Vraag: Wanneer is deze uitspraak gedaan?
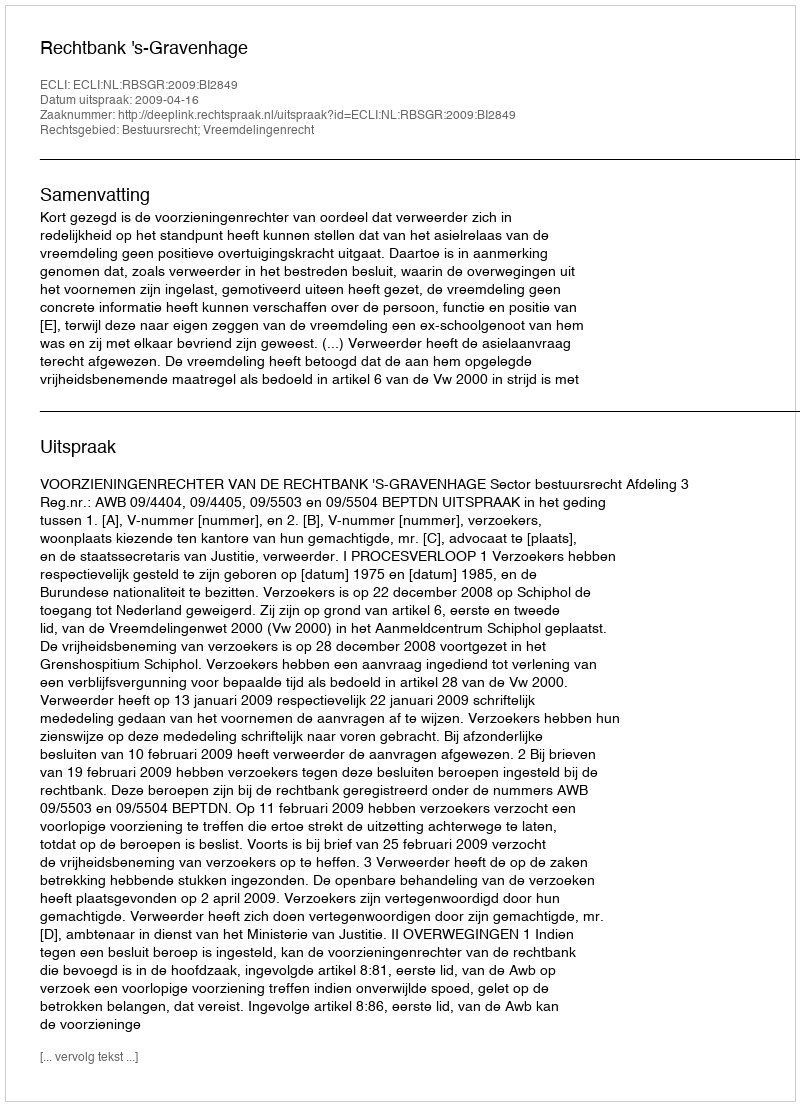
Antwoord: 2009-04-16